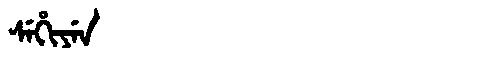
Manchu: ᠰᡝᡥᡳᠶᡝᠨ
Romanization: SEHIYEN